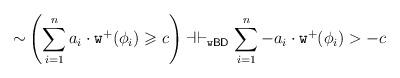
LaTeX: \begin{align*}{\sim}\left(\sum\limits_{i=1}^{n}a_i\cdot\mathtt{w}^+(\phi_i)\geqslant c\right)\dashv\vdash_{\mathtt{w}\mathsf{BD}}\sum\limits_{i=1}^{n}-a_i\cdot\mathtt{w}^+(\phi_i)>-c\end{align*}